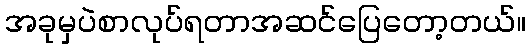
အခုမှပဲစာလုပ်ရတာအဆင်ပြေတော့တယ်။